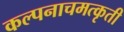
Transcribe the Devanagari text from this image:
कल्पनाचमत्कृती